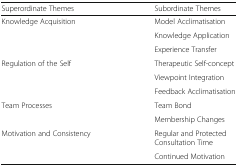
| Superordinate Themes | Subordinate Themes |
 | --- | --- |
 | Knowledge Acquisition | Model Acclimatisation |
 |  | Knowledge Application |
 |  | Experience Transfer |
 | Regulation of the Self | Therapeutic Self-concept |
 |  | Viewpoint Integration |
 |  | Feedback Acclimatisation |
 | Team Processes | Team Bond |
 |  | Membership Changes |
 | Motivation and Consistency | Regular and Protected Consultation Time |
 |  | Continued Motivation |